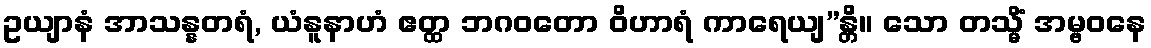
ဥယျာနံ အာသန္နတရံ, ယံနူနာဟံ ဧတ္ထ ဘဂဝတော ဝိဟာရံ ကာရေယျ”န္တိ။ သော တသ္မိံ အမ္ဗဝနေ